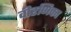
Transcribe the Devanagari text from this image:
वीरणिका